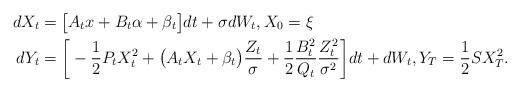
LaTeX: \begin{align*} dX_t &= \big[A_t x + B_t \alpha + \beta_t\big] dt +\sigma dW_t , X_0=\xi \\ dY_t &= \bigg[-\frac{1}{2} P_t X_t^2 + \big( A_t X_t + \beta_t\big) \frac{Z_t}{\sigma}+\frac{1}{2} \frac{B_t^2}{Q_t} \frac{Z_t^2}{\sigma^2} \bigg] dt + dW_t,Y_T = \frac{1}{2} S X_T^2.\\ \end{align*}